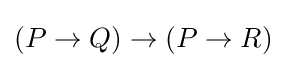
(P\to Q)\to (P\to R)